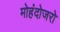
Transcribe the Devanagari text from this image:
मोहंदोजरो